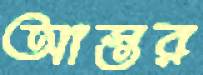
আস্তর